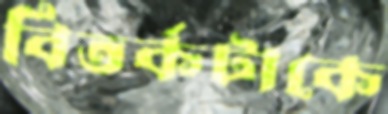
বিতর্কটাকে